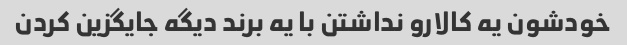
خودشون یه کالارو نداشتن با یه برند دیگه جایگزین کردن